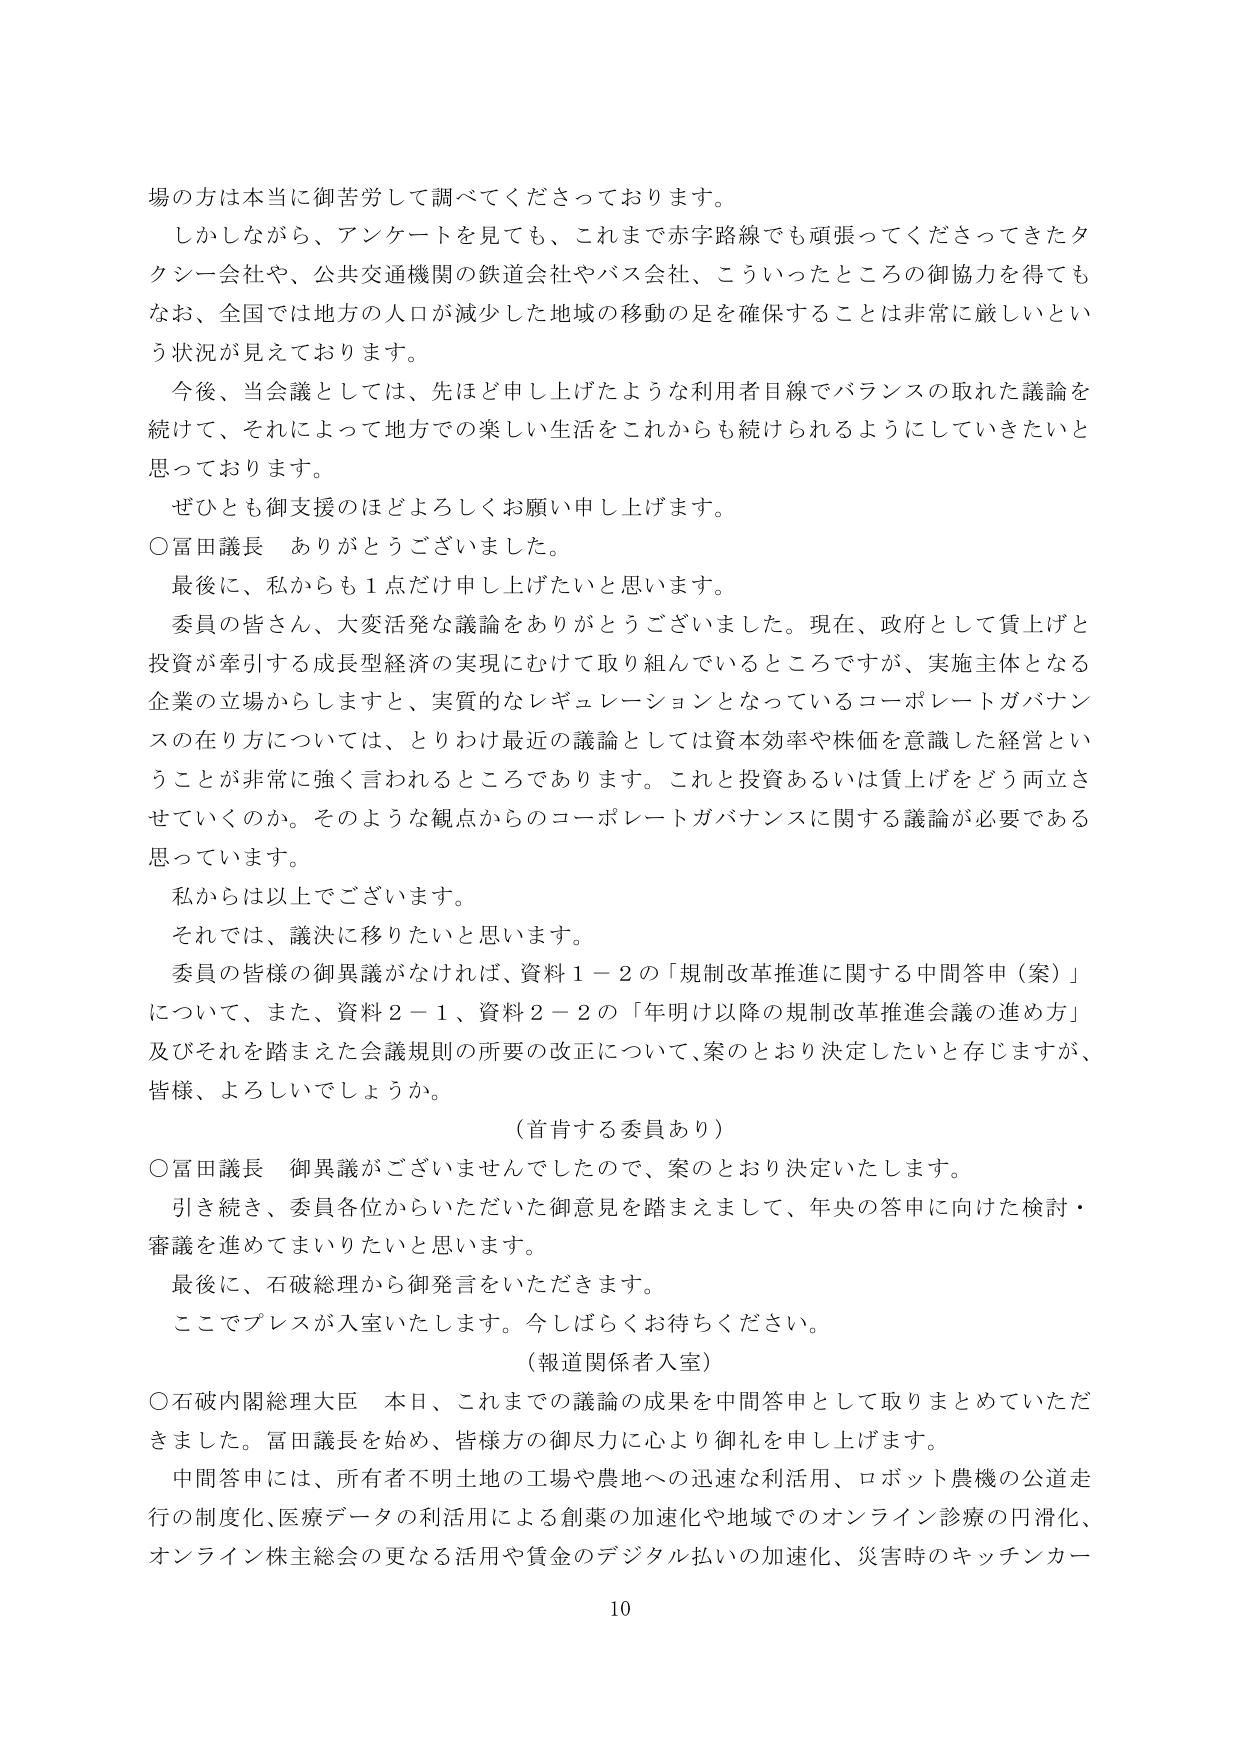
場の方は本当に御苦労して調べてくださっております。

しかしながら、アンケートを見ても、これまで赤字路線でも頑張ってくださってきたタクシー会社や、公共交通機関の鉄道会社やバス会社、こういったところの御協力を得てもなお、全国では地方の人口が減少した地域の移動の足を確保することは非常に厳しいという状況が見えております。

今後、当会議としては、先ほど申し上げたような利用者目線でバランスの取れた議論を続けて、それによって地方での楽しい生活をこれからも続けられるようにしていきたいと思っております。

ぜひとも御支援のほどよろしくお願い申し上げます。

○富田議長　ありがとうございました。

最後に、私からも１点だけ申し上げたいと思います。

委員の皆さん、大変活発な議論をありがとうございました。現在、政府として賃上げと投資が牽引する成長型経済の実現にむけて取り組んでいるところですが、実施主体となる企業の立場からしますと、実質的なレギュレーションとなっているコーポレートガバナンスの在り方については、とりわけ最近の議論としては資本効率や株価を意識した経営ということが非常に強く言われるところであります。これと投資あるいは賃上げをどう両立させていくのか。そのような観点からのコーポレートガバナンスに関する議論が必要であると思っています。

私からは以上でございます。

それでは、議決に移りたいと思います。

委員の皆様の御異議がなければ、資料１－２の「規制改革推進に関する中間答申（案）」について、また、資料２－１、資料２－２の「年明け以降の規制改革推進会議の進め方」及びそれを踏まえた会議規則の所要の改正について、案のとおり決定したいと存じますが、皆様、よろしいでしょうか。

（首肯する委員あり）

○富田議長　御異議がございませんでしたので、案のとおり決定いたします。

引き続き、委員各位からいただいた御意見を踏まえまして、年央の答申に向けた検討・審議を進めてまいりたいと思います。

最後に、石破総理から御発言をいただきます。

ここでプレスが入室いたします。今しばらくお待ちください。

（報道関係者入室）

○石破内閣総理大臣　本日、これまでの議論の成果を中間答申として取りまとめていただきました。富田議長を始め、皆様方の御尽力に心より御礼を申し上げます。

中間答申には、所有者不明土地の工場や農地への迅速な利活用、ロボット農機の公道走行の制度化、医療データの利活用による創業の加速化や地域でのオンライン診療の円滑化、オンライン株主総会の更なる活用や賃金のデジタル払いの加速化、災害時のキッチンカー

10